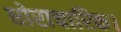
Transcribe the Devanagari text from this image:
घोराचारिक।